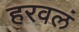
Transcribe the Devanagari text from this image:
हरवलं